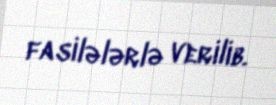
fasilələrlə verilib.